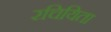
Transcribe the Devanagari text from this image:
रचियिता